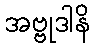
အဗ္ဗုဒါနိ